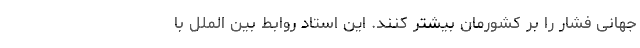
جهانی فشار را بر کشورمان بیشتر کنند. این استاد روابط بین الملل با